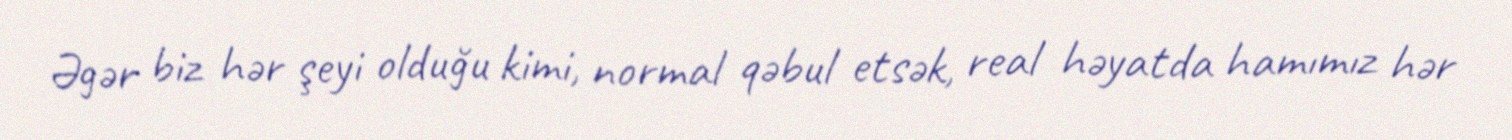
Əgər biz hər şeyi olduğu kimi, normal qəbul etsək, real həyatda hamımız hər